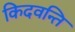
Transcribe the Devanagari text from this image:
किदवन्ति